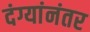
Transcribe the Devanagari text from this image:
दंग्यांनंतर